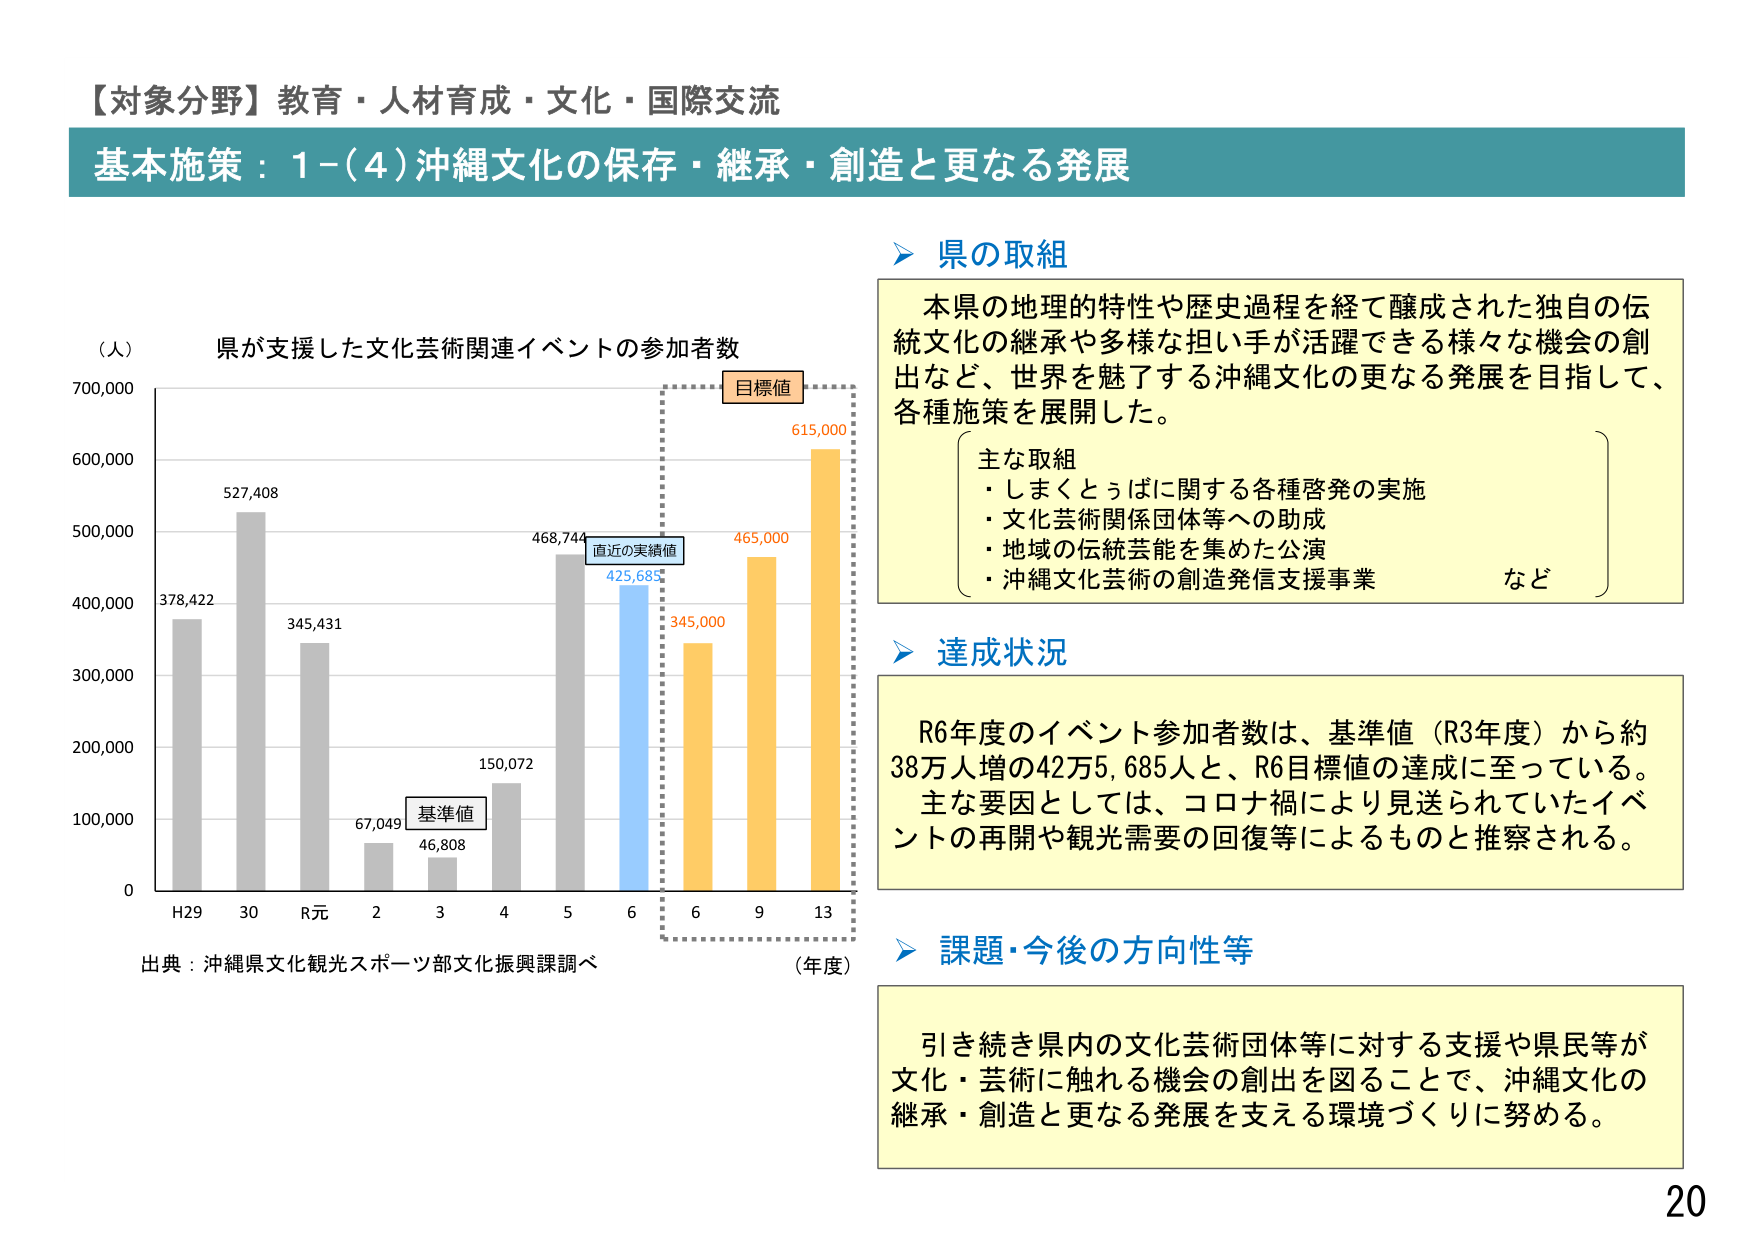
【対象分野】教育・人材育成・文化・国際交流
基本施策：1-(4)沖縄文化の保存・継承・創造と更なる発展

（人）
県が支援した文化芸術関連イベントの参加者数
700,000
600,000
500,000
400,000
300,000
200,000
100,000
0
H29 30 R元 2 3 4 5 6 6 9 13
378,422
527,408
345,431
67,049
46,808
150,072
468,744
425,685
345,000
465,000
615,000
目標値
直近の実績値
基準値
（年度）
出典：沖縄県文化観光スポーツ部文化振興課調べ

県の取組
本県の地理的特性や歴史過程を経て醸成された独自の伝統文化の継承や多様な担い手が活躍できる様々な機会の創出など、世界を魅了する沖縄文化の更なる発展を目指して、各種施策を展開した。
主な取組
・しまくとぅばに関する各種啓発の実施
・文化芸術関係団体等への助成
・地域の伝統芸能を集めた公演
・沖縄文化芸術の創造発信支援事業
など

達成状況
R6年度のイベント参加者数は、基準値（R3年度）から約38万人増の42万5,685人と、R6目標値の達成に至っている。主な要因としては、コロナ禍により見送られていたイベントの再開や観光需要の回復等によるものと推察される。

課題・今後の方向性等
引き続き県内の文化芸術団体等に対する支援や県民等が文化・芸術に触れる機会の創出を図ることで、沖縄文化の継承・創造と更なる発展を支える環境づくりに努める。

20